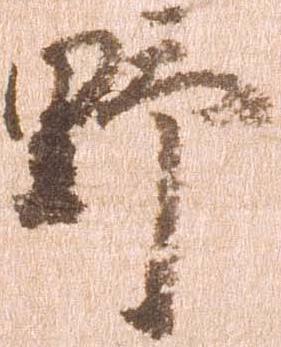
野